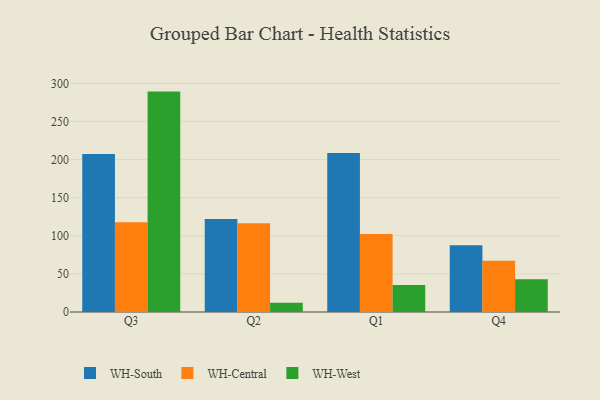
{"axis": {"x": "Quarter", "y": "Market Share (%)"}, "legend": ["WH-Central", "WH-South", "WH-West"], "data": [{"x": "Q3", "y": 207.4, "type": "WH-South"}, {"x": "Q3", "y": 117.7, "type": "WH-Central"}, {"x": "Q3", "y": 289.2, "type": "WH-West"}, {"x": "Q2", "y": 122.1, "type": "WH-South"}, {"x": "Q2", "y": 116.3, "type": "WH-Central"}, {"x": "Q2", "y": 12.2, "type": "WH-West"}, {"x": "Q1", "y": 208.7, "type": "WH-South"}, {"x": "Q1", "y": 102.5, "type": "WH-Central"}, {"x": "Q1", "y": 35.4, "type": "WH-West"}, {"x": "Q4", "y": 87.5, "type": "WH-South"}, {"x": "Q4", "y": 67.3, "type": "WH-Central"}, {"x": "Q4", "y": 43.1, "type": "WH-West"}]}